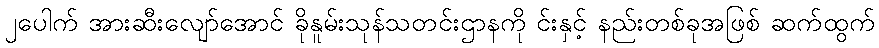
၂ပေါက် အားဆီးလျော်အောင် ခိုနူမ်းသုန်သတင်းဌာနကို င်းနှင့် နည်းတစ်ခုအဖြစ် ဆက်ထွက်